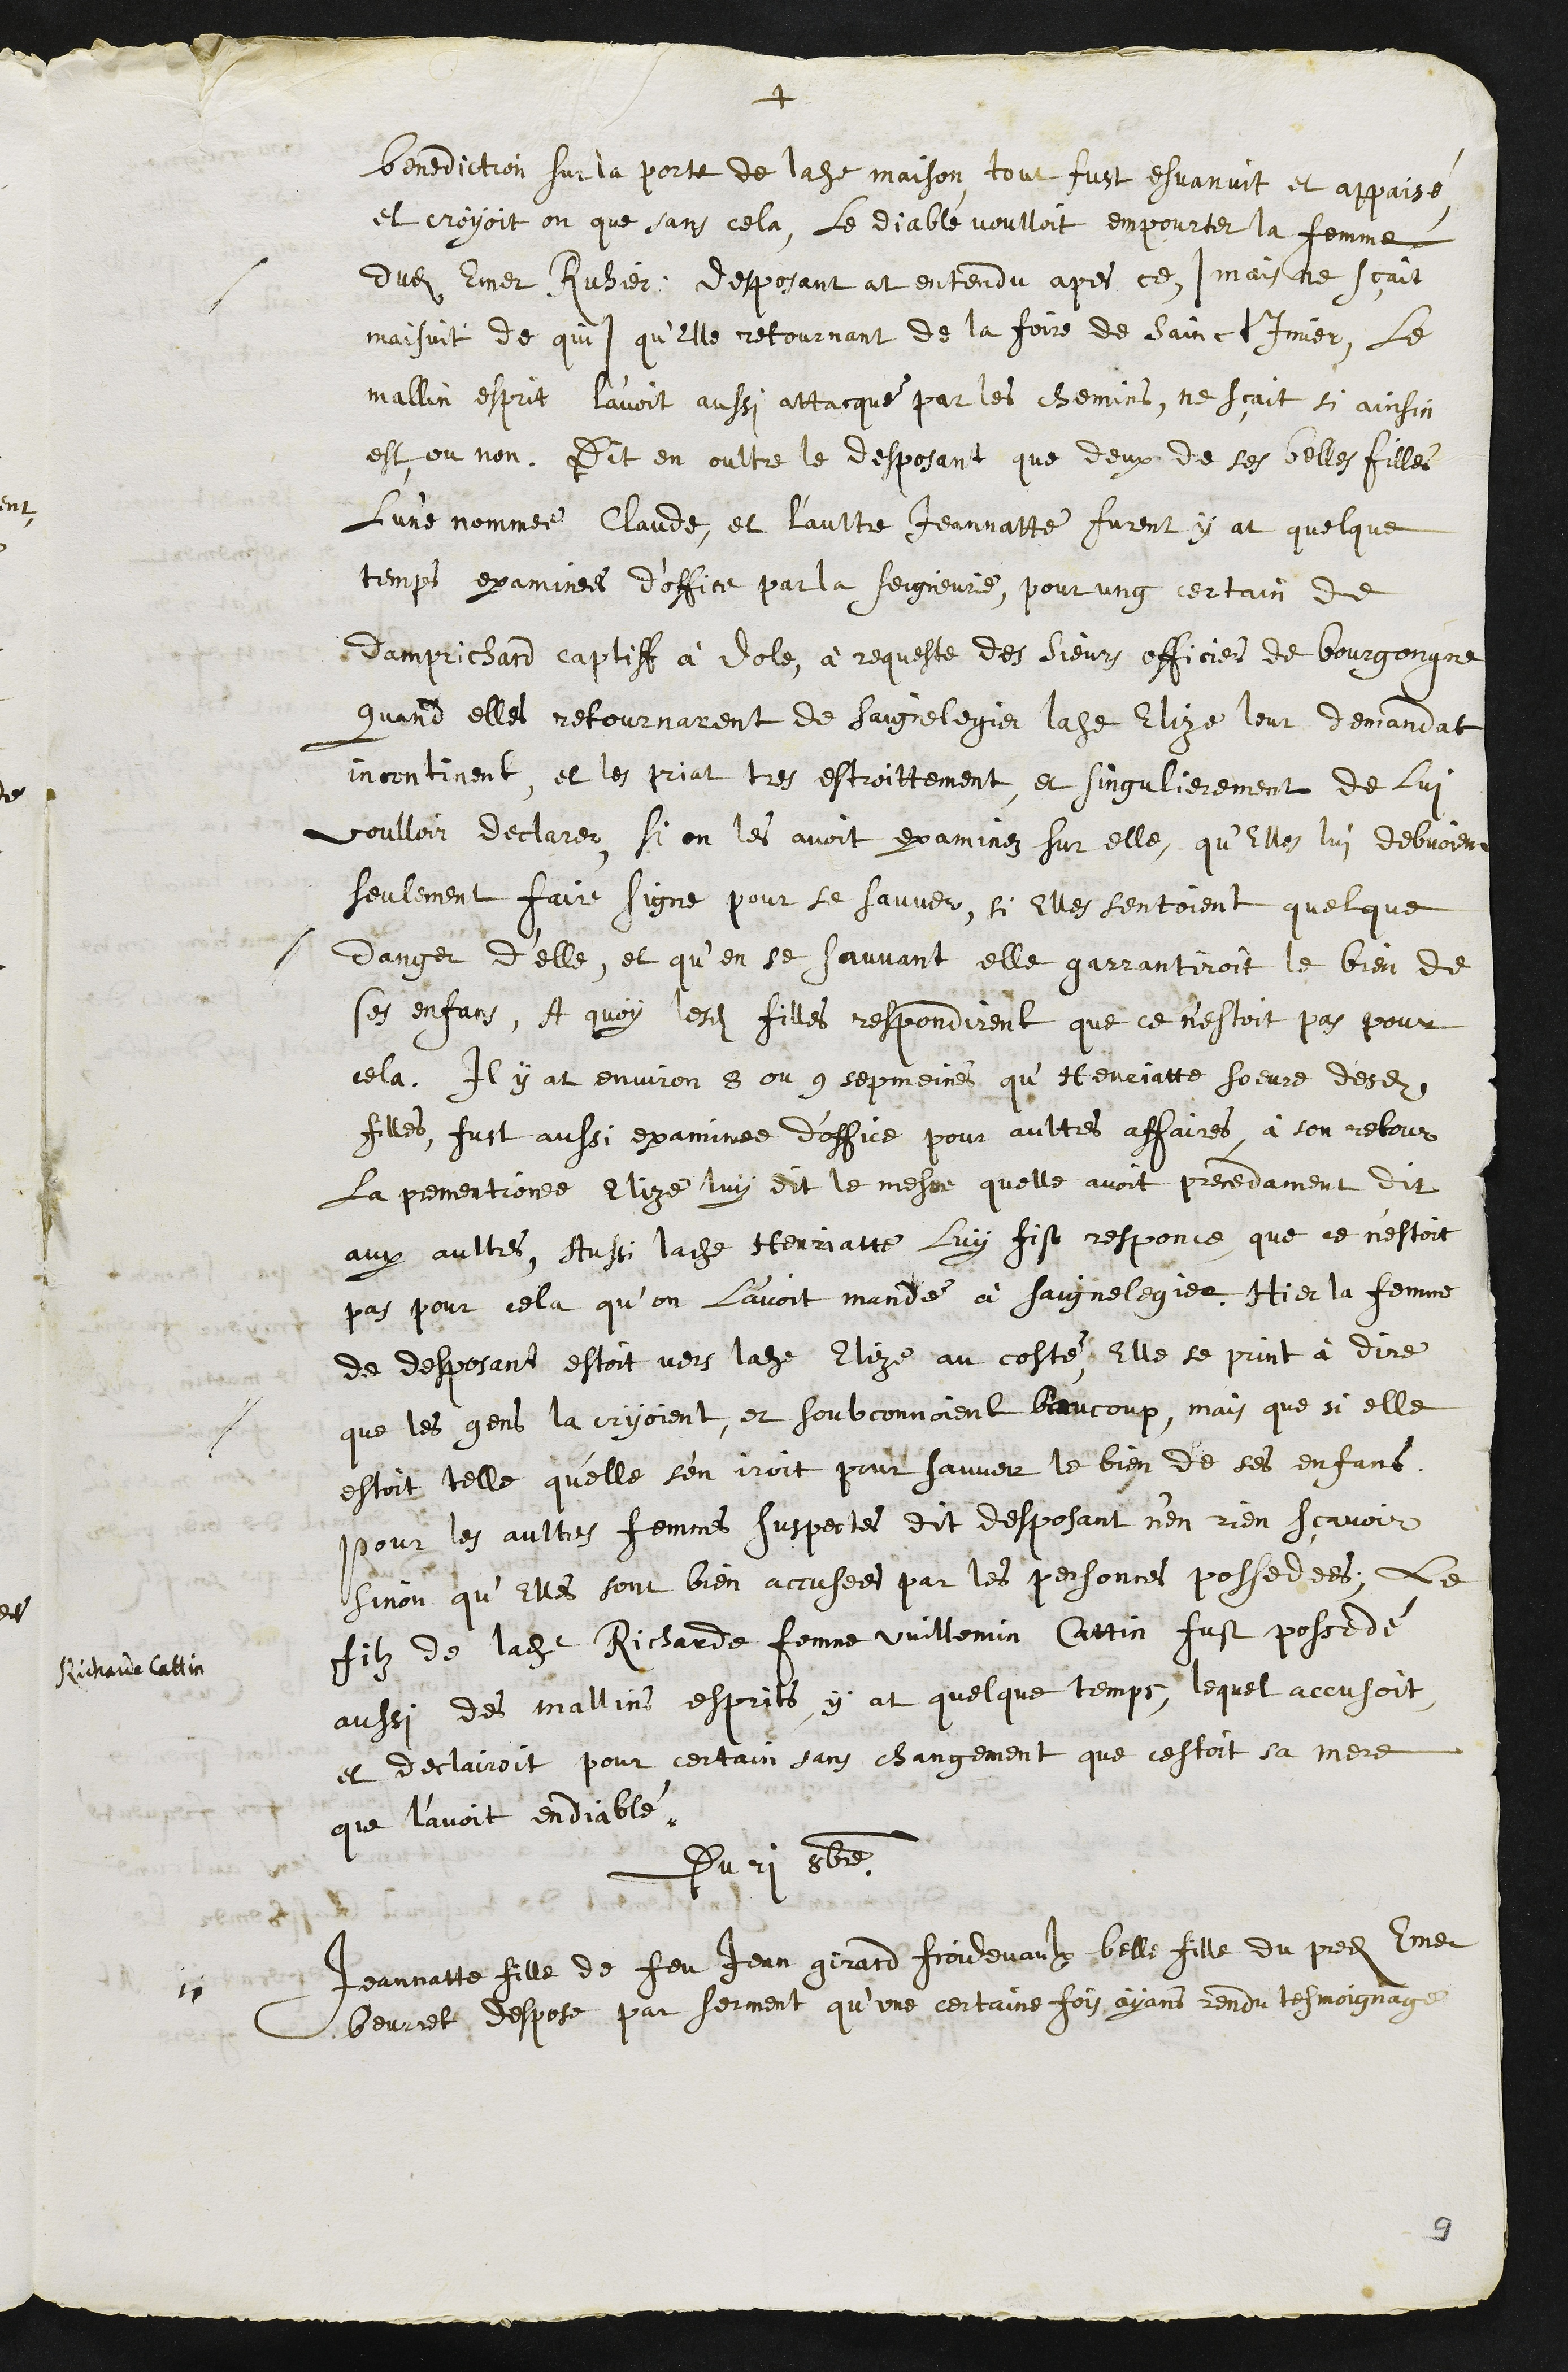
+
benediction sur la porte de ladite maison tout fust esvanuit et appaisé
et croyoit on que sans cela, le diable voulloit empourter la femme
dudit Emer Ruhier, desposant at entendu apres ce (mais ne sçait
maisuit de qui) qu’Elle retournant de la foire de Sainct Imier, le
mallin esprit l'avoit aussi attacqué par les chemins, ne sçait si ainsin
est ou non. Dit en oultre le desposant que deux de ses belles filles
l'une nommee Claude, et laultre Jeannatte furent y at quelque
temps examinees d'office par la seigneurie, pour ung certain de
Damprichard captiff à dole, à requeste des Sieurs officiers de bourgongne
quand elle retournarent de Saignelegier ladite Elize leur demandat
incontinent et les priat tres estroittement et singulierement de lui
voulloir declarer, si on les avoit examinez sur elle, qu’Elles lui debvoient
seulement faire signe pour se sauver, si elles sentoient quelque
danger d'elle, et qu’en se sauvant elle garrantiroit le bien de
ses enfans, A quoy lesdites filles respondirent que ce n'estoit pas pour
cela, Il y at environ 8 ou 9 sepmaines qu’Henriatte soeure desdites
filles, fust aussi examinée d’office pour aultres affaires, à son retour
La prementionee Elize luy dit le mesme quelle avoit precedament dit
aux aultres, Aussi ladite Henriatte luy fist responce que ce n'estoit
pas pour cela qu’on l'avoit mandé à Saignelegier. Hier la femme
de desposant estoit vers ladite Elize au costé, Elle se print à dire
que les gens la cryoient, et soubconnoient baucoup, mais que si elle
estoit telle qu'elle s'en iroit pour sauver le bien de ses enfans.
Pour les aultres femmes suspectes dit desposant n'en rien sçavoir
sinon qu’Elles sont bien accusees par les personnes possedees, le
filz de ladite Richarde femme Vuillemin Cattin fust possedé
Richarde Cattin
aussi des mallins esprits, y at quelque temps, lequel accusoit
et declairoit pour certain sans changement que cestoit sa mere
que l’avoit endiablé
Du 21 8bre
11
Jeannatte fille de feu Jean Girard Froidevaulx belle fille du predit Emer
beurret despose par serment qu’une certaine fois ayans rendu tesmoignage
9